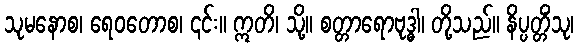
သုမနောစ၊ ရေဝတောစ၊ ၎င်း။ ဣတိ၊ သို့။ စတ္တာရောဗုဒ္ဓါ၊ တို့သည်။ နိပ္ပတ္တိံသု၊